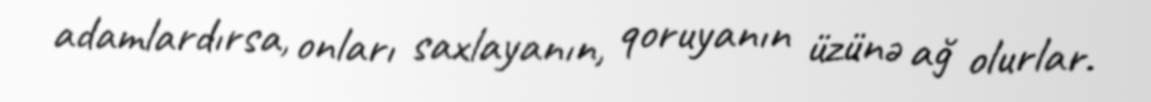
adamlardırsa, onları saxlayanın, qoruyanın üzünə ağ olurlar.